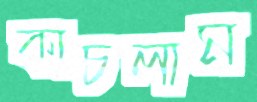
কাচলাম